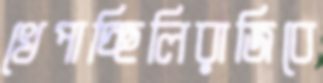
খেপাচ্ছিলিরাজিবে